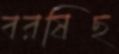
বরষিছ